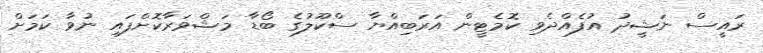
ރައީސް ނަޝީދު އުފެއްދެވި ކޮމެޓީން އަރަބިއްޔާ ސްކޫލުގެ ބޯޑާ މަޝްވަރާކޮށްފައި ނުވާ ކަމަށް